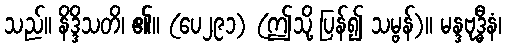
သည်။ နိဒ္ဒိသတိ၊ ၏။ (ပေ၂၉၁) (ဤသို့ ပြန်၍ သမ္ဗန်)။ မန္ဒဗုဒ္ဓီနံ၊